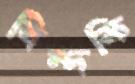
বিন্দকি